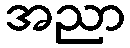
အညာ